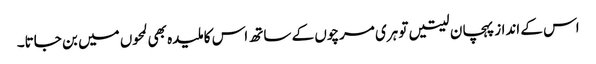
اس کے انداز پہچان لیتیں تو ہری مرچوں کے ساتھ اس کا ملیدہ بھی لمحوں میں بن جاتا۔